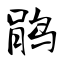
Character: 鹃